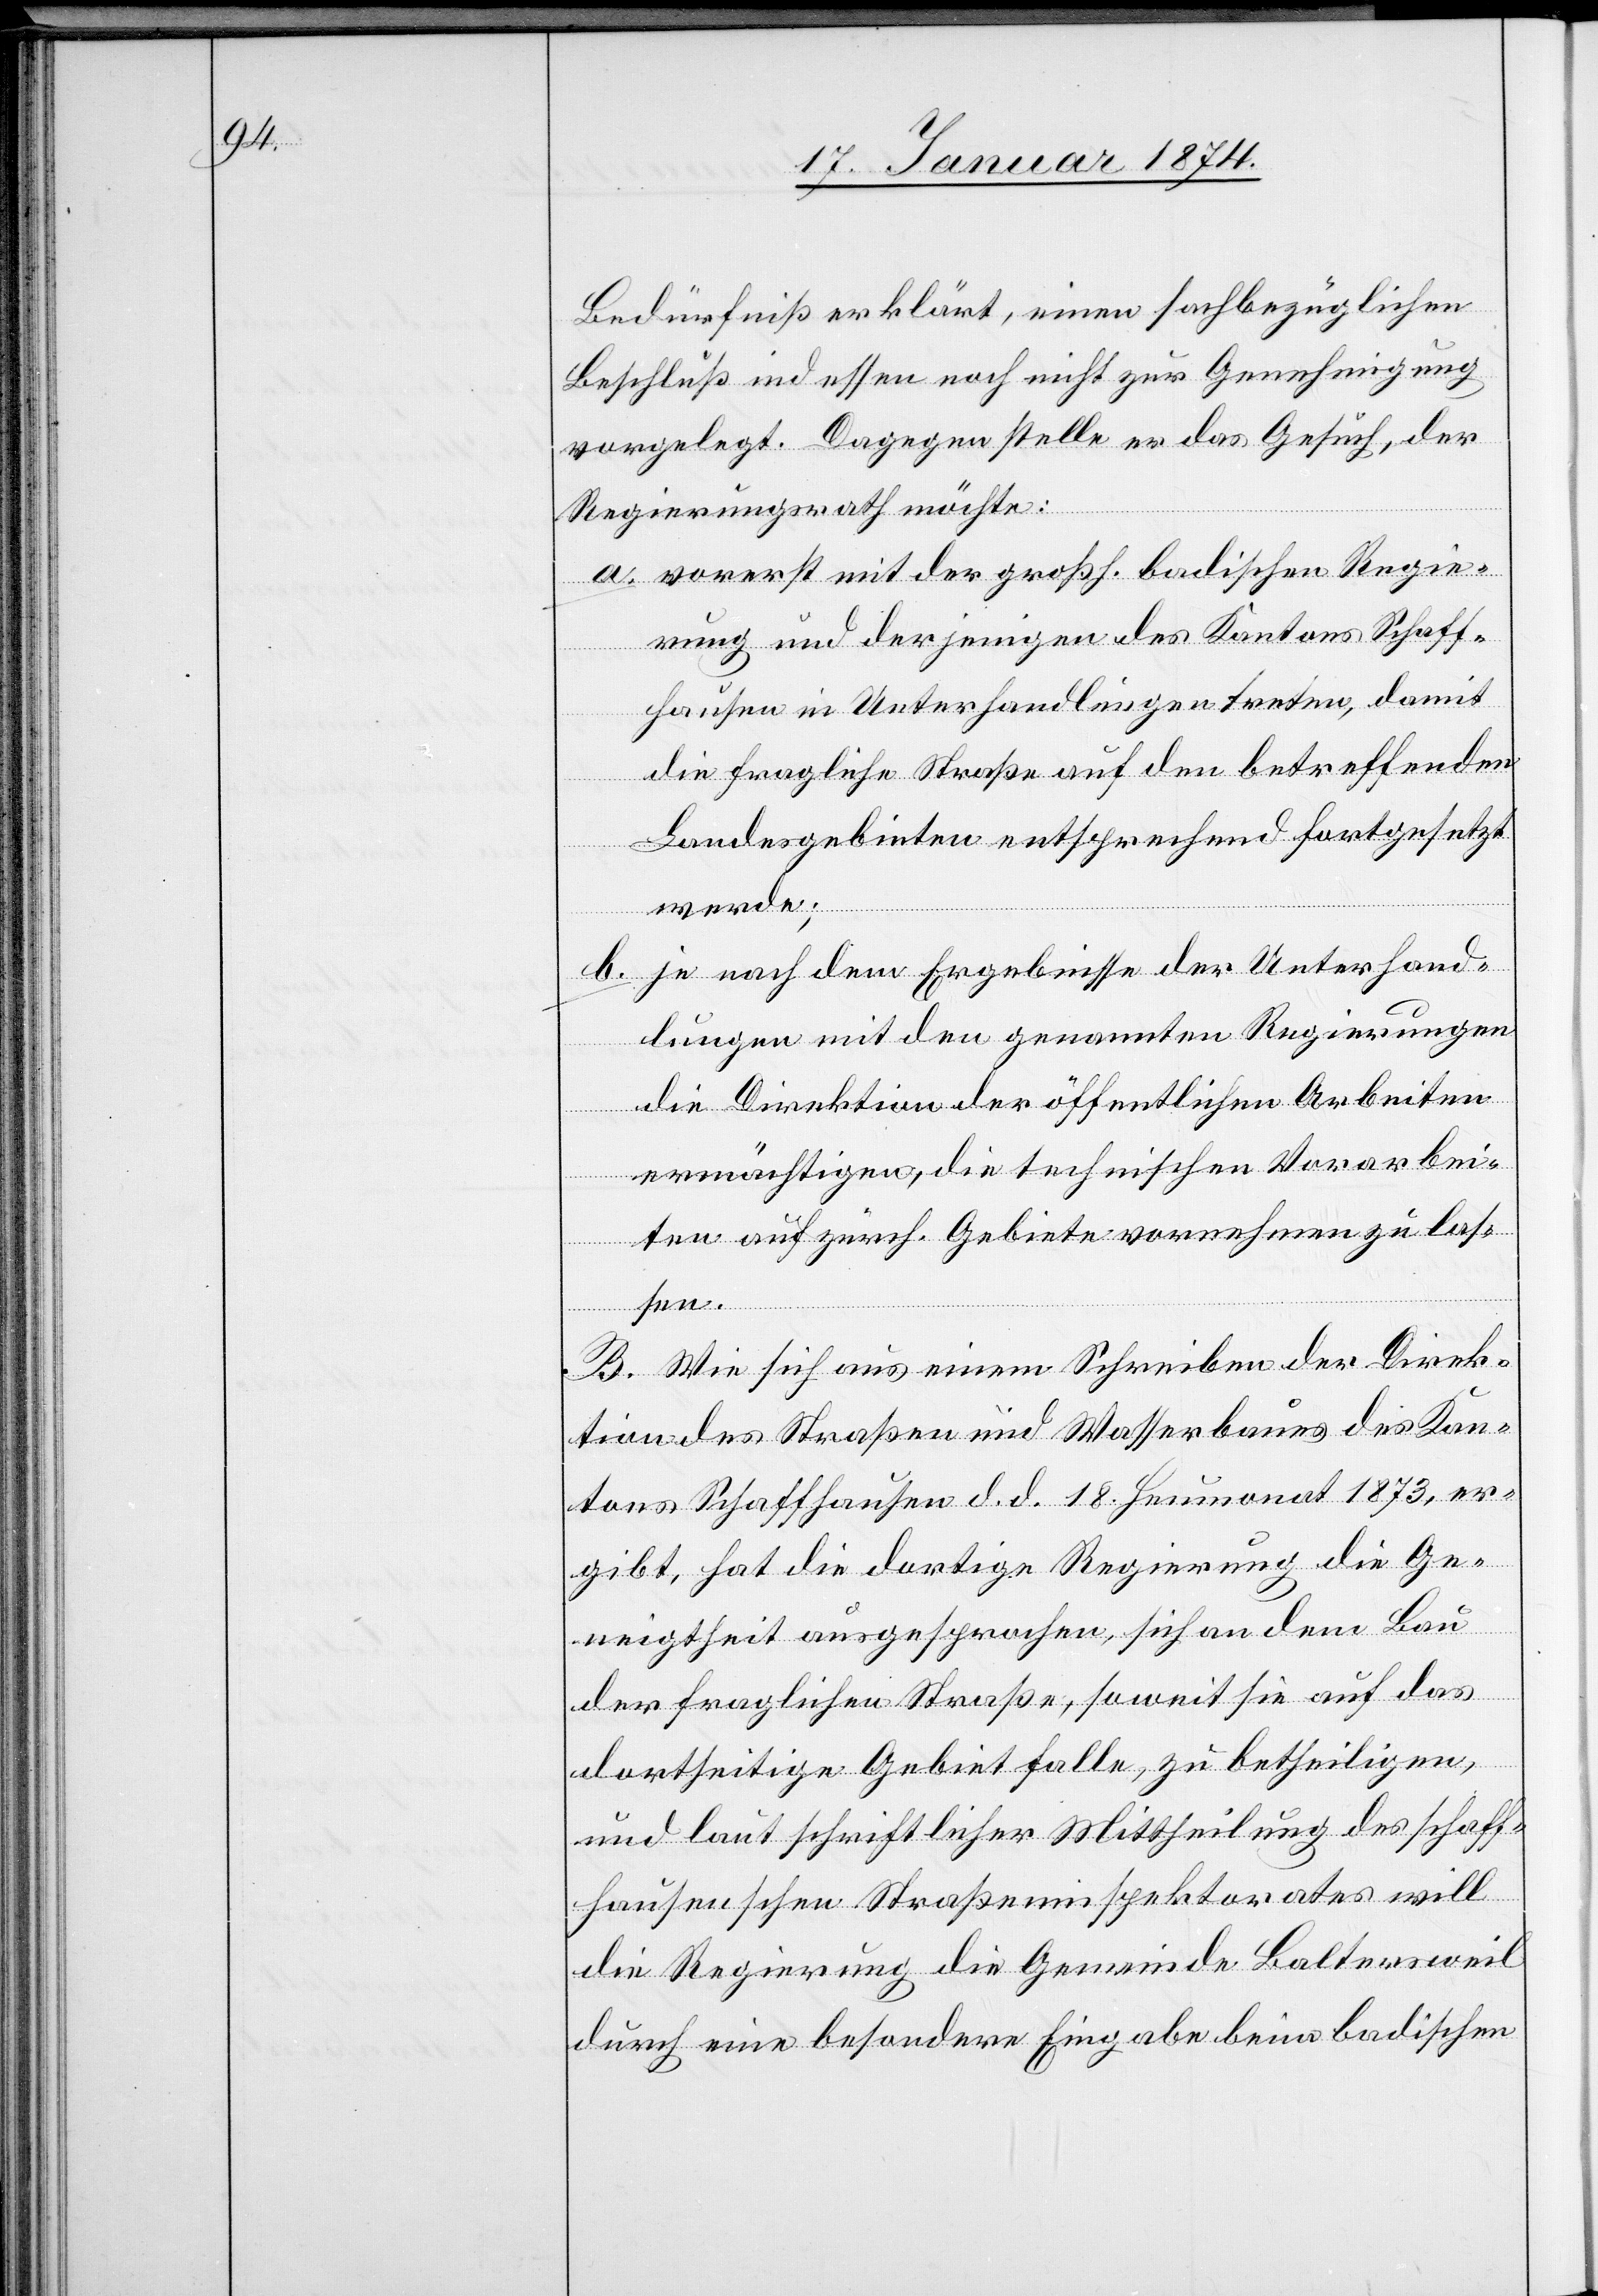
Bedürfniß erklärt, einen sachbezüglichen
Beschluß indessen noch nicht zur Genehmigung
vorgelegt. Dagegen stelle er das Gesuch, der
Regierungsrath möchte:
a. vorerst mit der großh. badischen Regie¬
rung und derjenigen des Kantons Schaff¬
hausen in Unterhandlungen treten, damit
die fragliche Straße auf den betreffenden
Landesgebieten entsprechend fortgesetzt
werde;
b. je nach dem Ergebnisse der Unterhand¬
lungen mit den genannten Regierungen
die Direktion der öffentlichen Arbeiten
ermächtigen, die technischen Vorarbei¬
ten auf zürch. Gebiete vorrechnen zu las¬
sen.
B. Wie sich aus einem Schreiben der Direk¬
tion des Straßen und Wasserbaues des Kan¬
tons Schaffhausen d. d. 18. Heumonat 1873, er¬
gibt, hat die dortige Regierung die Ge¬
neigtheit ausgesprochen, sich an dem Bau
der fraglichen Straße, soweit sie auf das
dortseitige Gebiet falle, zu betheiligen,
und laut schriftlicher Mittheilung des schaff¬
hausenschen Straßeninspektorates will
die Regierung die Gemeinde Baltersweil
durch eine besondere Eingabe beim badischen